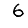
Digit: 6